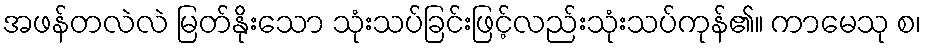
အဖန်တလဲလဲ မြတ်နိုးသော သုံးသပ်ခြင်းဖြင့်လည်းသုံးသပ်ကုန်၏။ ကာမေသု စ၊